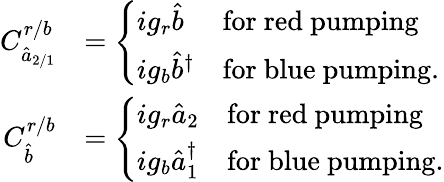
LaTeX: \begin{array}{rl}{C_{\hat{a}_{2/1}}^{r/b}}&{=\left\{ \begin{array}{ll}{ig_{r}\hat{b}}&{\mathrm{for~red~pumping}}\\ {ig_{b}\hat{b}^{\dagger}}&{\mathrm{for~blue~pumping.}}\end{array}\right.}\\ {C_{\hat{b}}^{r/b}}&{=\left\{ \begin{array}{ll}{ig_{r}\hat{a}_{2}}&{\mathrm{for~red~pumping}}\\ {ig_{b}\hat{a}_{1}^{\dagger}}&{\mathrm{for~blue~pumping.}}\end{array}\right.}\end{array}